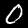
Digit: 0